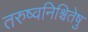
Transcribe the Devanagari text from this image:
तरुष्वनिश्चितेषु